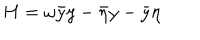
H = \omega \bar { y } y - \bar { \eta } y - \bar { y } \eta